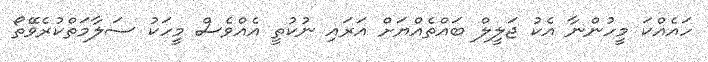
ހައެއްކަ މީހުންނާ އެކު ޖަލީލް ބައްތެއްޔަށް އަރައި ނުކުތީ އެއްވެސް މީހަކު ސަލާމަތްކުރެވޭތޯ